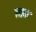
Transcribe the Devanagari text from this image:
स्तळ